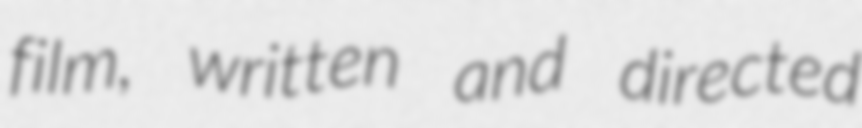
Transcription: film, written and directed